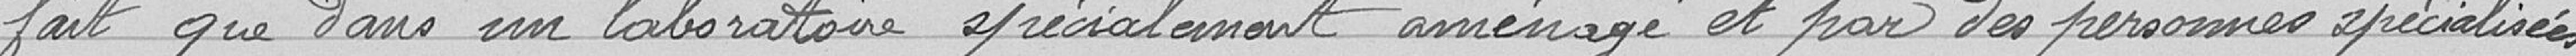
fait que dans un laboratoire spécialement aménagé et par des personnes spécialisées